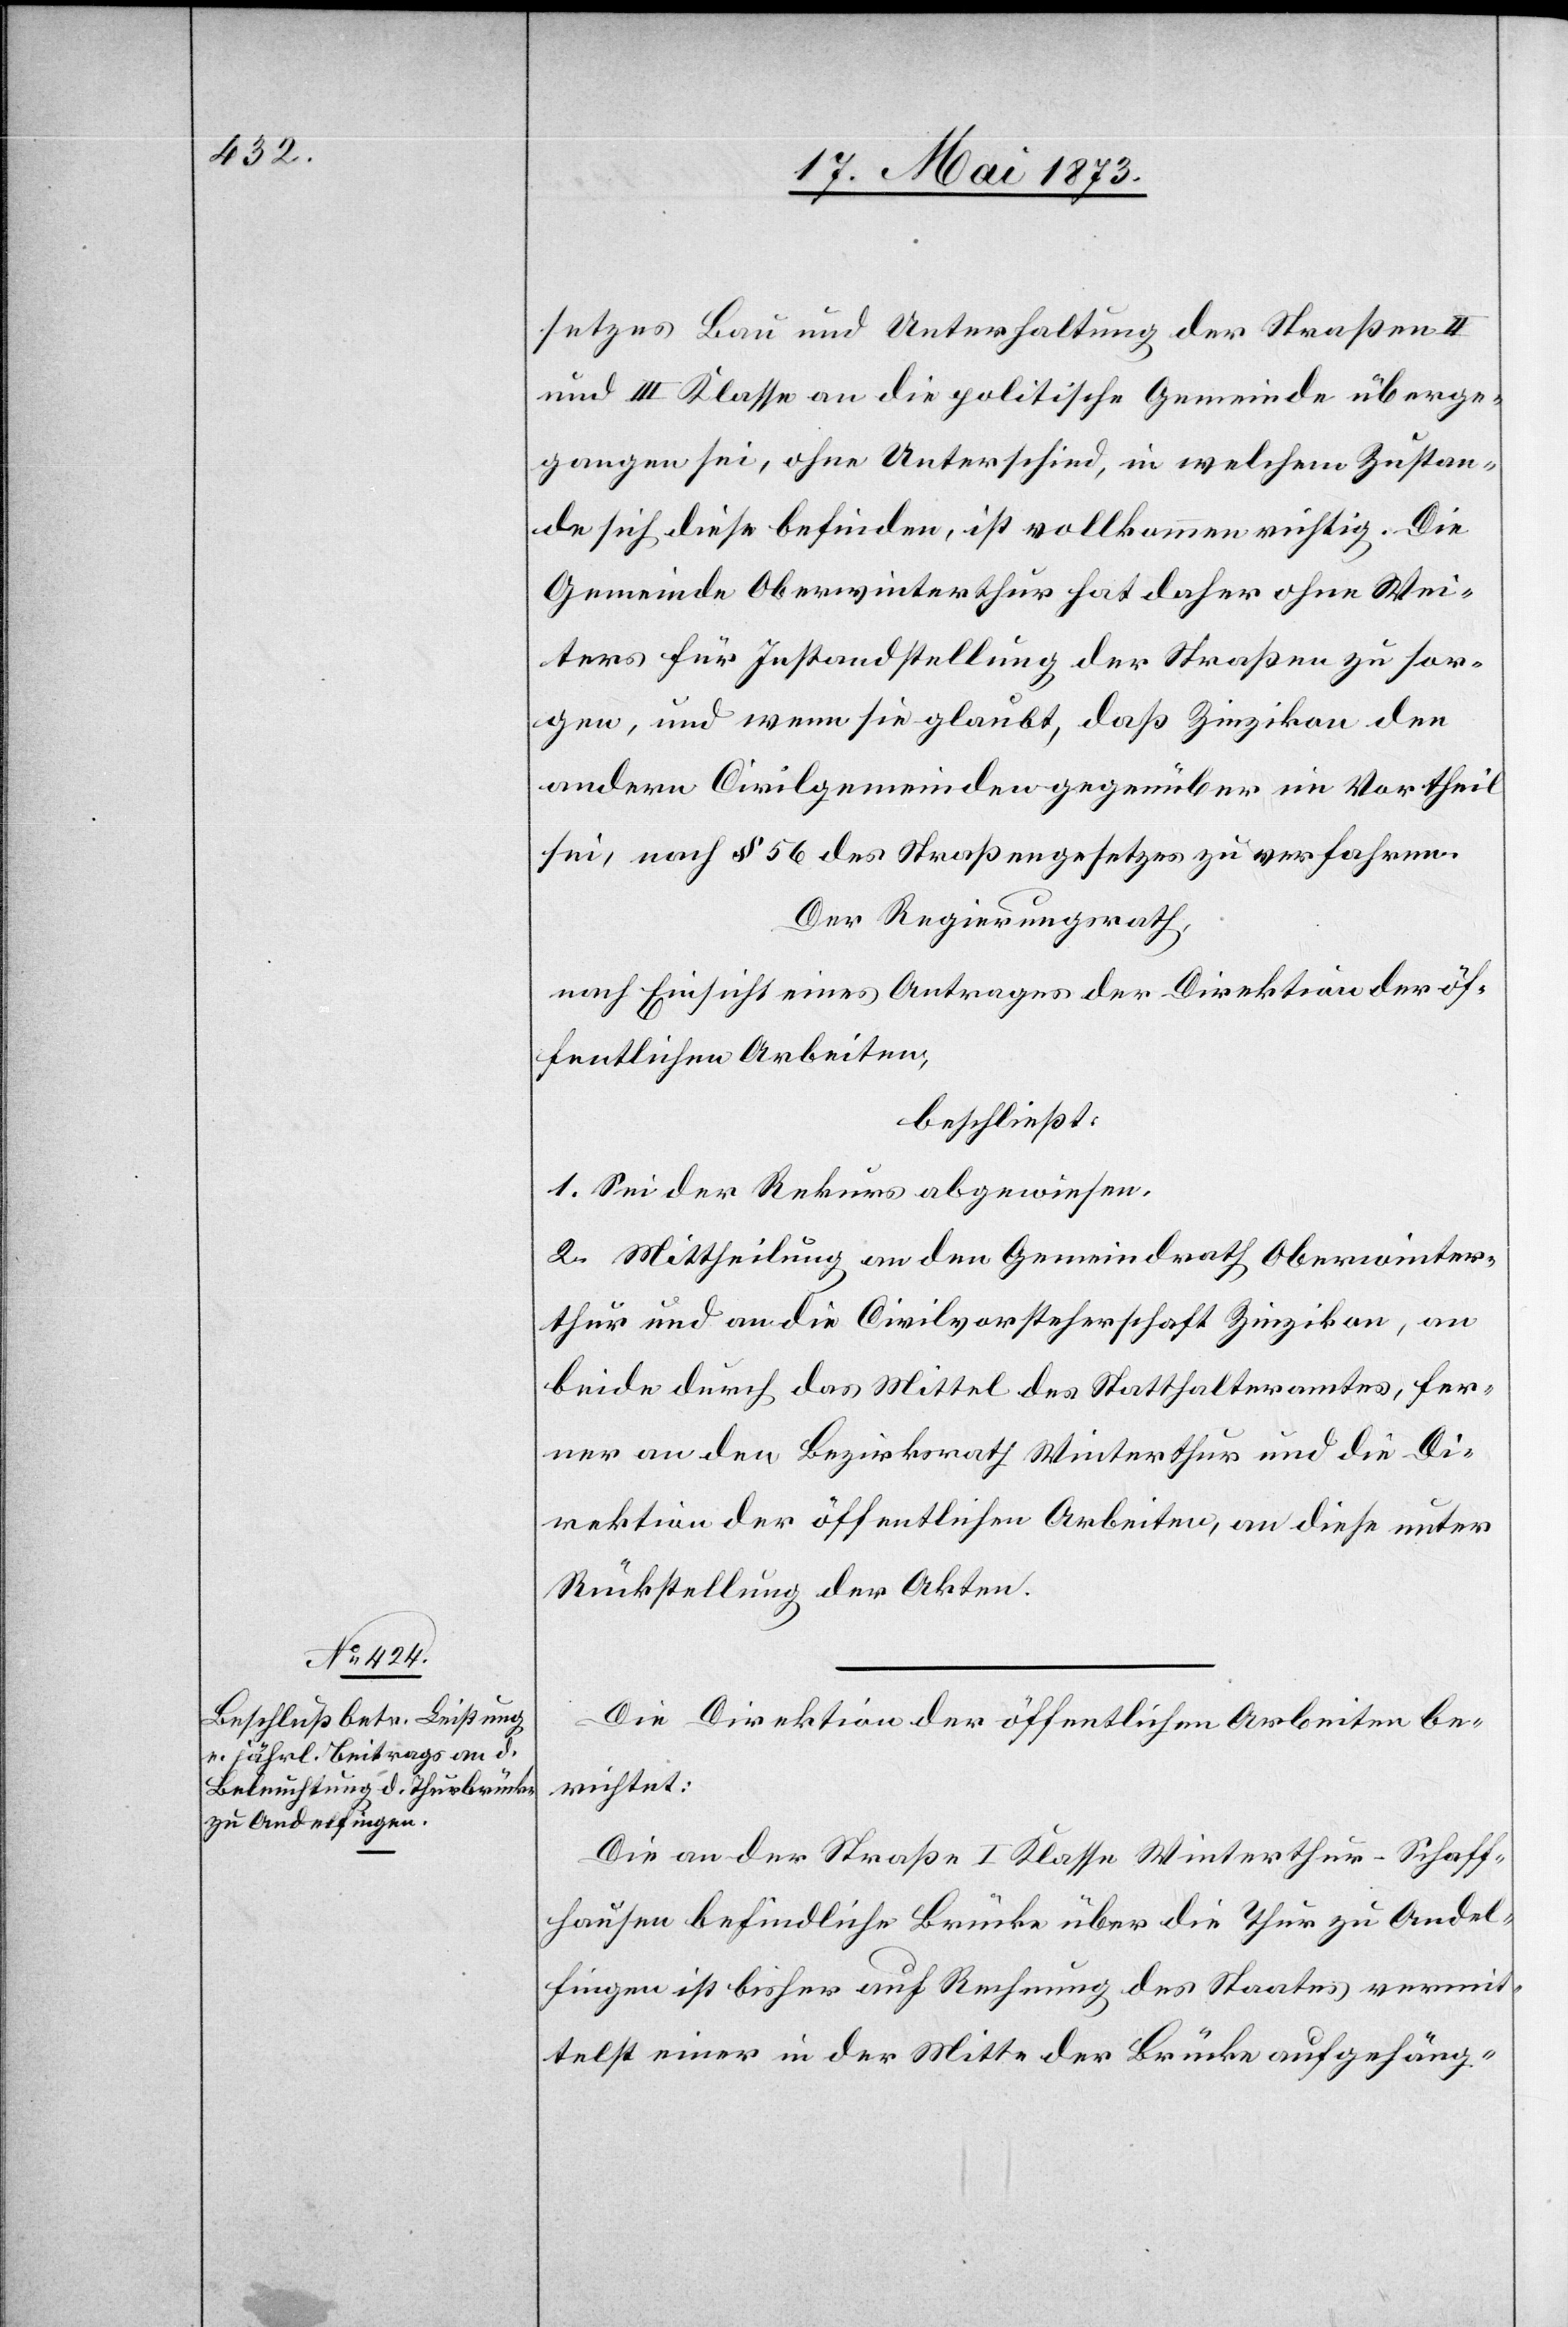
setzes Bau und Unterhaltung der Straßen II
und III Klasse an die politische Gemeinde überge¬
gangen sei, ohne Unterschied, in welchem Zustan¬
de sich diese befinden, ist vollkommen richtig. Die
Gemeinde Oberwinterthur hat daher ohne Wei¬
teres für Instandstellung der Straßen zu sor¬
gen, und wenn sie glaubt, daß Zinzikon den
andern Civilgemeinden gegenüber im Vortheil
sei, nach § 56 des Strasengesetzes zu verfahren.
Der Regierungsrath,
nach Einsicht eines Antrages der Direktion der öf¬
fentlichen Arbeiten,
beschließt:
1. Sei der Rekurs abgewiesen.
2. Mittheilung an den Gemeindrath Oberwinter¬
thur und an die Civilvorsteherschaft Zinzikon, an
beide durch das Mittel des Statthalteramtes, fer¬
ner an den Bezirksrath Winterthur und die Di¬
rektion der öffentlichen Arbeiten, an diese unter
Rückstellung der Akten.
Die Direktion der öffentlichen Arbeiten be¬
richtet:
Die an der Straße I Klasse Winterthur–Schaff¬
hausen befindliche Brücke über die Thur zu Andel¬
fingen ist bisher auf Rechnung des Staates vermit¬
telst einer in der Mitte der Brücke aufgehäng-